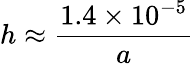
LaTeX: h\approx{\frac{1.4\times 10^{-5}}{a}}